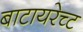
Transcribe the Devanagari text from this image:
बाटायरेच्ट